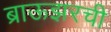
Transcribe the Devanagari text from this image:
ब्राऊझरची